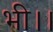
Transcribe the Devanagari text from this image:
भी।।